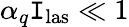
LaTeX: \alpha_{q}\mathtt{I}_{\mathrm{{las}}}\ll1